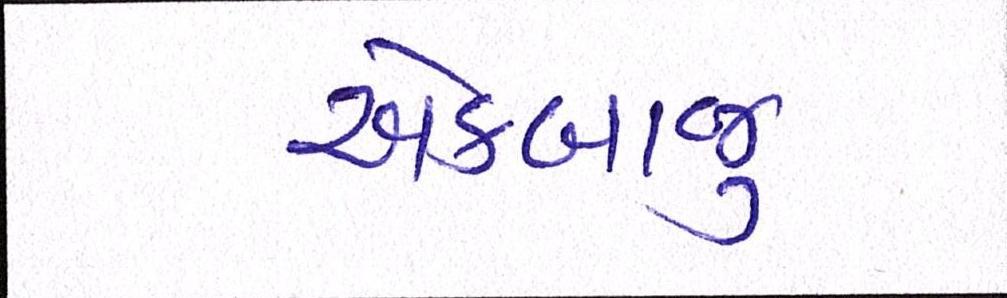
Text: એકબાજુ